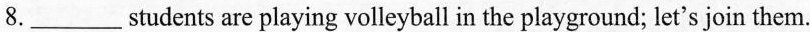
8.___students are playing volleyball in the playground; let's join them.